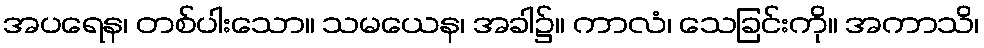
အပရေန၊ တစ်ပါးသော။ သမယေန၊ အခါ၌။ ကာလံ၊ သေခြင်းကို။ အကာသိ၊